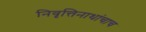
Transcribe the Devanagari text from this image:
निवृत्तिनाथांचाच